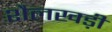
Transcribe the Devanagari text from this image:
शैलखड़ी